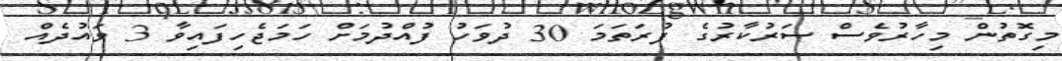
މިގޮތުން މިހާރުވެސް ސަރުކާރުގެ ފުރަތަމަ 30 ދުވަހު ފުއްދުމަށް ހަމަޖެހިފައިވާ 3 ވައުދެއް